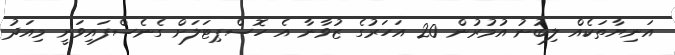
އަނިޔާތަކެއް ލިބުނު އުމުރުން 20 އަހަރުގެ ޒުވާނާ އެ ހޮސްޕިޓަލަށް ގެނެސްފައިވަނީ މިއަދު